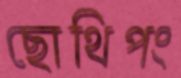
ছোথিপং